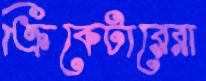
ক্রিকেটারেরা